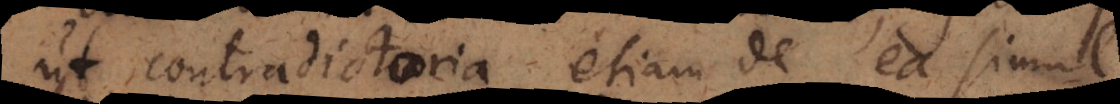
ut contradictoria etiam de ea simul